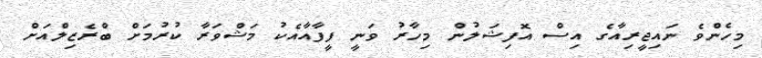
މިހެންވެ ނައިޖީރިއާގެ އިސް އޮފިޝަލުން މިހާރު ވަނީ ފީފާއާއެކު މަޝްވަރާ ކުރުމަށް ބްރެޒިލްއަށް